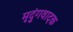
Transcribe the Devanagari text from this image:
मृदुंगवादक